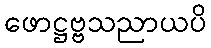
ဖောဋ္ဌဗ္ဗသညာယပိ